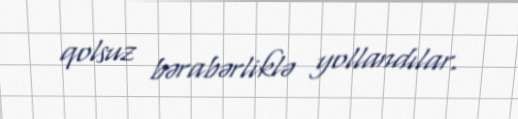
qolsuz bərabərliklə yollandılar.